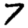
Digit: 7